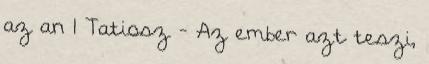
az an 1 Tatiosz - Az ember azt teszi,